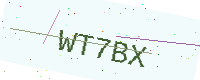
Text: WT7BX